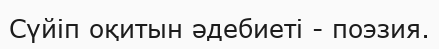
Сүйіп оқитын әдебиеті - поэзия.